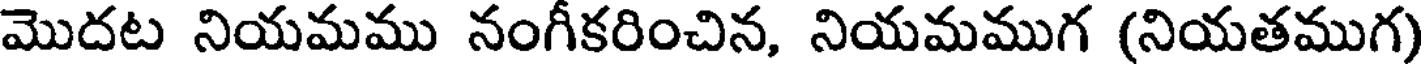
మొదట నియమము నంగీకరించిన, నియమముగ (నియతముగ)